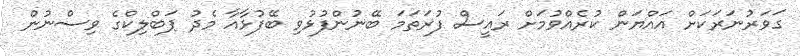
ގަވަރުނަރަކަށް އައްޔަން ކުރެއްވުމަށް ރައީސް ފުރަތަމަ ބޭނުންފުޅުވި ބޭފުޅާއާ މެދު ޕަބްލިކްގެ ވިސްނުން